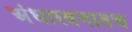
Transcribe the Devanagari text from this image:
अंधारबनातच